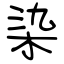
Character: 染